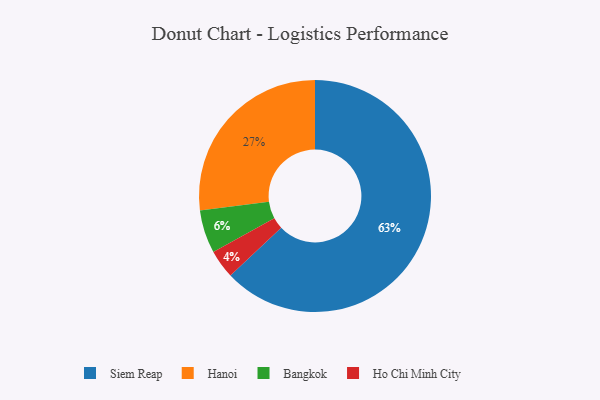
{"axis": {"x": "Category", "y": "Percentage"}, "legend": ["Bangkok", "Hanoi", "Ho Chi Minh City", "Siem Reap"], "data": [{"x": "Bangkok", "y": 6, "type": "Bangkok"}, {"x": "Ho Chi Minh City", "y": 4, "type": "Ho Chi Minh City"}, {"x": "Hanoi", "y": 27, "type": "Hanoi"}, {"x": "Siem Reap", "y": 63, "type": "Siem Reap"}]}